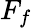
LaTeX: F_{f}